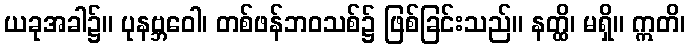
ယခုအခါ၌။ ပုနဗ္ဘဝေါ၊ တစ်ဖန်ဘဝသစ်၌ ဖြစ်ခြင်းသည်။ နတ္ထိ၊ မရှိ။ ဣတိ၊